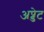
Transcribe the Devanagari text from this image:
अप्डेट